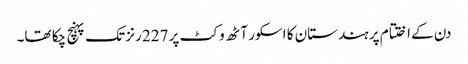
دن کے اختتام پر ہندستان کا اسکور آٹھ وکٹ پر 227 رنز تک پہنچ چکا تھا۔